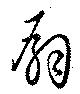
扇